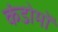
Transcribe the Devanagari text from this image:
कंडोमों